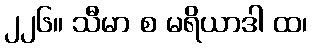
၂၂၆။ သီမာ စ မရိယာဒါ ထ၊